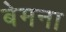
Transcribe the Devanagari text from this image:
बेमना